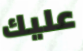
عليك